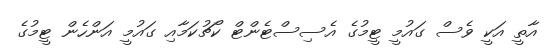
އާތީ އަކީ ވެސް ގައުމީ ޓީމުގެ އެސިސްޓެންޓް ކޯޗުކަމާއި ގައުމީ އަންހެން ޓީމުގެ